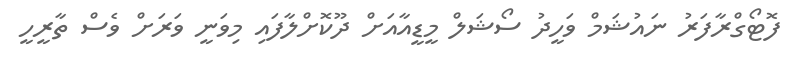
ފޮޓޯގްރާފަރު ނައުޝަމް ވަހީދު ސޯޝަލް މީޑީއާއަށް ދޫކޮށްލާފައި މިވަނީ ވަރަށް ވެސް ތާރީހީ